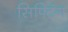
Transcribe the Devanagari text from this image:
सिफ्टिंग